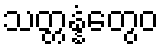
သတ္တန္နံတွေဝ